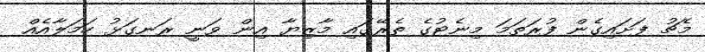
މެޗު ފަށައިގެން ފުރަތަމަ މިނެޓުގެ ތެރޭގައި މާޒިޔާ އިން ވަނީ ރަނގަޅު ހަމަލާއެއް